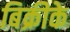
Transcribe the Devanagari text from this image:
बिक्रीके